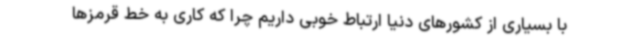
با بسیاری از کشورهای دنیا ارتباط خوبی داریم چرا که کاری به خط قرمزها